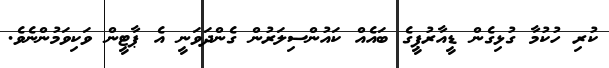
ކުރި ހުކުމާ ގުޅިގެން ޑީއާރުޕީގެ ބައެއް ކައުންސިލަރުން ގެންދަވަނީ އެ ޕާޓީން ވަކިވަމުންނެވެ.